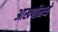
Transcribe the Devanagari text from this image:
आखणीमध्ये